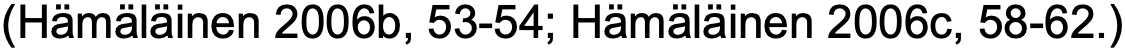
(Hämäläinen 2006b, 53-54; Hämäläinen 2006c, 58-62.)